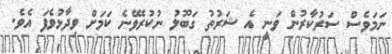
ނަމަވެސް ސަރުކާރުން ވަނީ އެ ޝަރުތު ގަބޫލު ނުކުރެވޭނެ ކަމަށް ވިދާޅުވެފަ އެވެ.